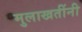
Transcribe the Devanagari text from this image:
मुलाखतींनी